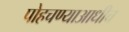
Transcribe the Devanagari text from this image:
पोहचण्याआधीच